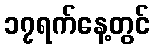
၁၇ရက်နေ့တွင်